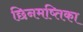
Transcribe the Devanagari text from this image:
छिनमष्तिका